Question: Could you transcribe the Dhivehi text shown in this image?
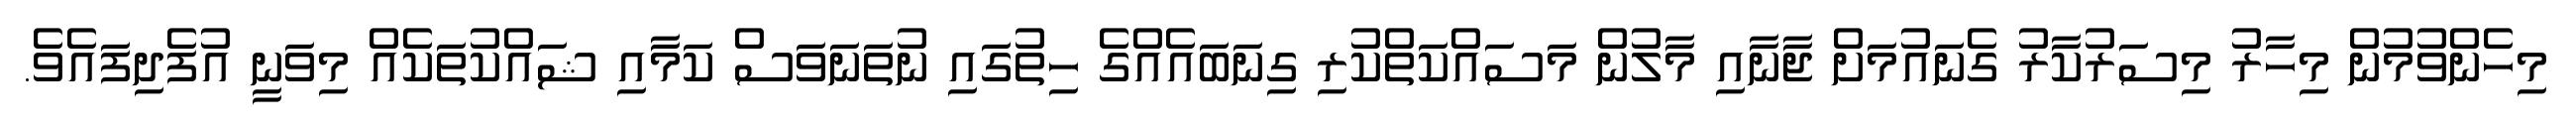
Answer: މިހެންވުމުން މިހާރު މިސަރުކާރު ގެނައުމަށް ޖާނާއި މާލުން މަސައްކަތްކުރި ގިނަބައެއްގެ ހިތުގައި ނުތަނަވަސް ކަމާއި ޝައްކުތަކެއް މިވަނީ އުފެދިފައެވެ.